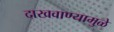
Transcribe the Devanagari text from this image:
दाखवाण्यामुळे